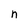
Character: n